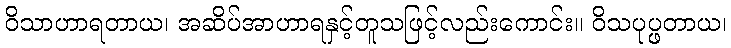
ဝိသာဟာရတာယ၊ အဆိပ်အာဟာရနှင့်တူသဖြင့်လည်းကောင်း။ ဝိသပုပ္ဖတာယ၊